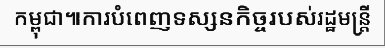
កម្ពុជា៕ការបំពេញទស្សនកិច្ចរបស់រដ្ឋមន្ត្រី